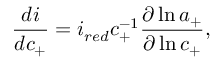
\frac { d i } { d c _ { + } } = i _ { r e d } c _ { + } ^ { - 1 } \frac { \partial \ln { a _ { + } } } { \partial \ln { c _ { + } } } ,